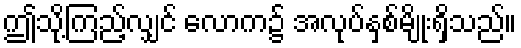
ဤသို့ကြည့်လျှင် လောက၌ အလုပ်နှစ်မျိုးရှိသည်။